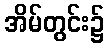
အိမ်တွင်း၌